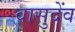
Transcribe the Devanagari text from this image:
वासुदेंव